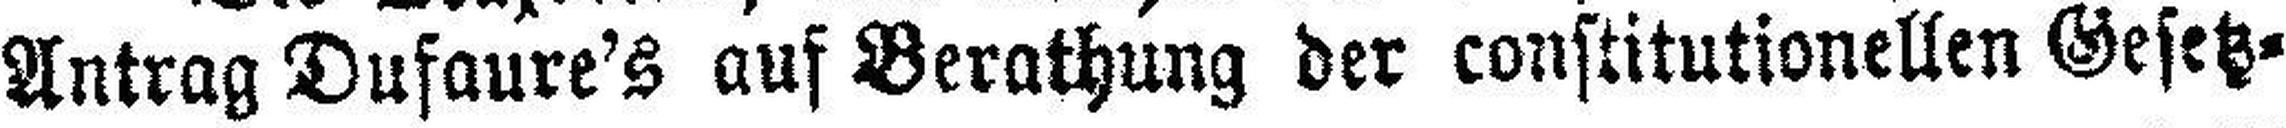
Antrag Dufaure's auf Berathung der constitutionellen Gesetz¬